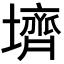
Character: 𪤪